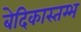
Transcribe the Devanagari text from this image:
बेदिकास्तम्भ